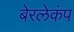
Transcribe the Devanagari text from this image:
बेरलेकंप